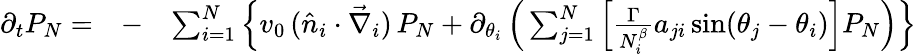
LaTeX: \begin{array}{rlr}{\partial_{t}P_{N}=}&{-}&{\sum_{i=1}^{N}\Big\{ v_{0}\, (\hat{n}_{i}\cdot\vec{\nabla}_{i})\, P_{N}+\partial_{\theta_{i}}\, \Big(\sum_{j=1}^{N}\Big[{\frac{\Gamma}{N_{i}^{\beta}}}a_{ji}\, \mathrm{sin}(\theta_{j}-\theta_{i})\Big]P_{N}\Big)\Big\} }\end{array}